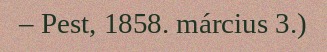
– Pest, 1858. március 3.)